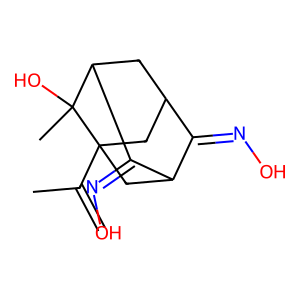
SMILES: C=C(C)C12CC3CC(C(=NO)C(C1)C3=NO)C2(C)O
Inhibits HIV replication: No